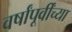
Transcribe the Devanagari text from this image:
वर्षांपूर्वींच्या